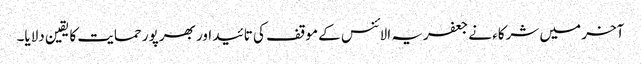
آخر میں شرکاء نے جعفریہ الائنس کے موقف کی تائید اور بھرپور حمایت کا یقین دلایا۔